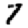
Digit: 7